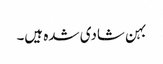
بہن شادی شدہ ہیں۔